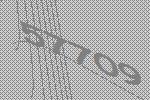
57709